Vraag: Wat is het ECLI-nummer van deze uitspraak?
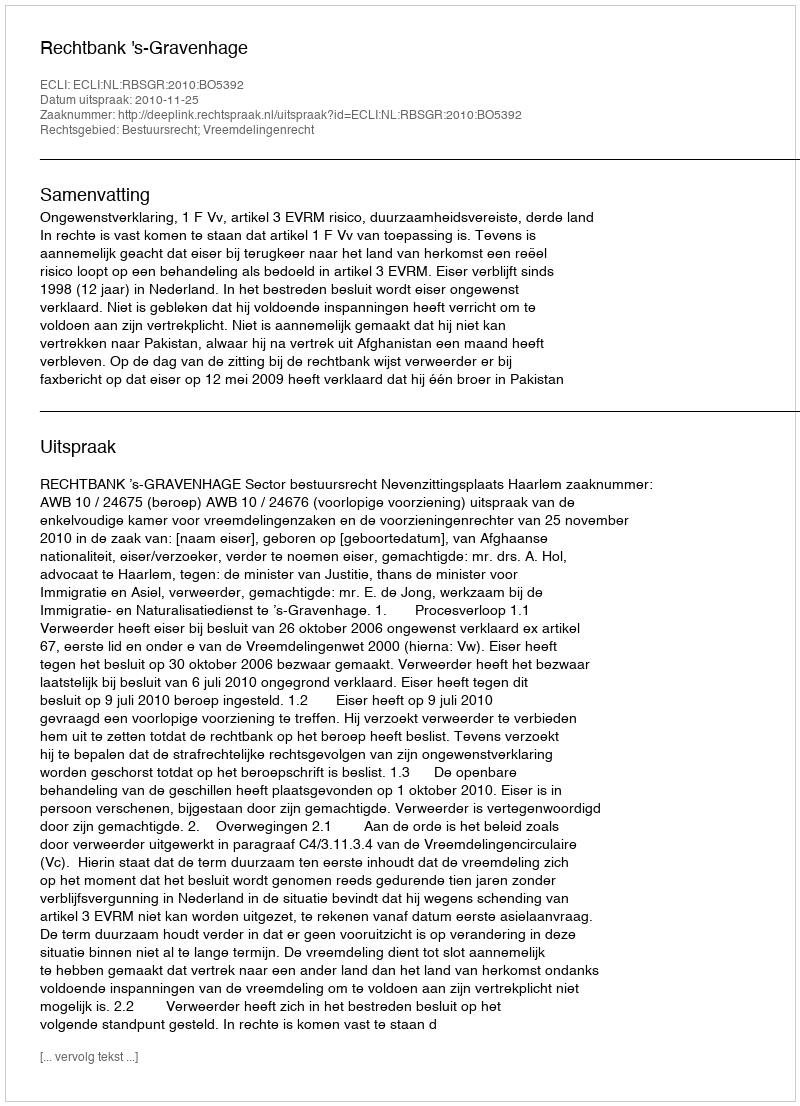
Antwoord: ECLI:NL:RBSGR:2010:BO5392